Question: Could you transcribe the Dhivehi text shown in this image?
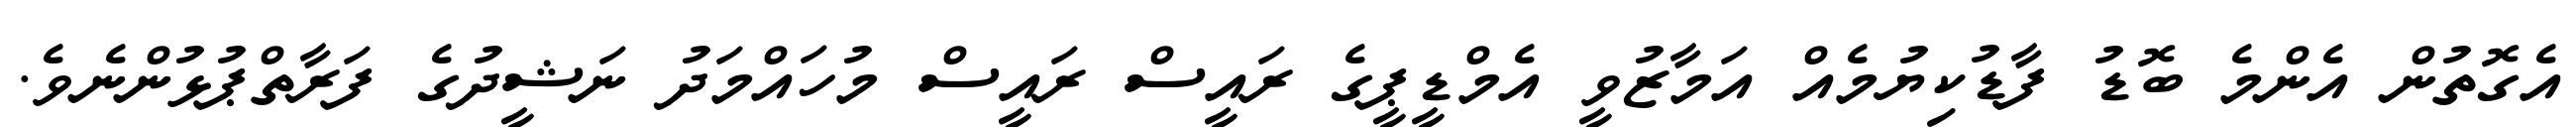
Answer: އެގޮތުން އެންމެ ބޮޑު ފާޑުކިޔުމެއް އަމާޒުވީ އެމްޑީޕީގެ ރައީސް ރައީސް މުހައްމަދު ނަޝީދުގެ ފަރާތްޕުޅުންނެވެ.